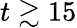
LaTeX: t\gtrsim 15